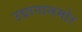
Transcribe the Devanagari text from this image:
उद्यानासमोर